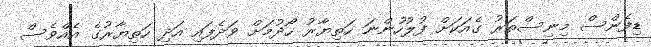
ޑިފެންސް މިނިސްތަރު ގެއަކަށް ފުލުހުންނަ ހަތިޔާރު ހޯދުމަށް ވަދެފައި އަދި ހަތިޔާރުގެ އެއްވެސް